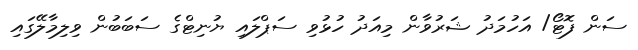
ސަން ފޮޓޯ/ އަހުމަދު ޝަރުވާން މިއަދު ހުޅުވި ސަޕްލައި ޔުނިޓްގެ ސަބަބުން ވިލިމާލޭގައި